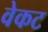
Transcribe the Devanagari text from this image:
वेकट